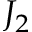
J _ { 2 }